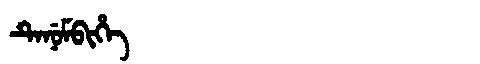
Manchu: ᡨᡝᠨᡠᠮᠪᡳᡥᡝ
Romanization: TENUMBIHE